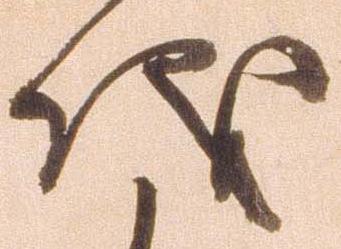
儀